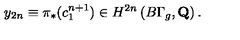
y _ { 2 n } \equiv \pi _ { * } ( c _ { 1 } ^ { n + 1 } ) \in H ^ { 2 n } \left( B \Gamma _ { g } , { \bf Q } \right) .